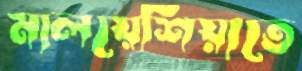
মালয়েশিয়াতে